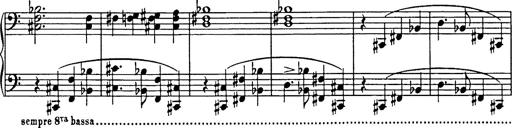
Title: R.W. - Venezia
Composer: Franz Liszt